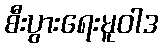
စီးပွားရေးမူဝါဒ